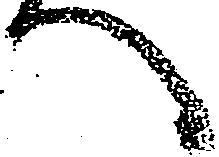
へ